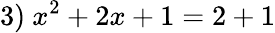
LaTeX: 3)\ x^{2}+2x+1=2+1